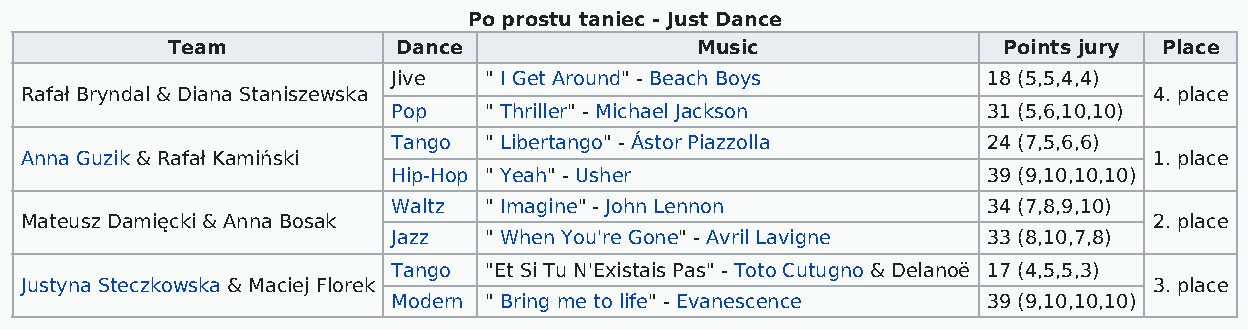
Po prostu taniec - Just Dance
 Team           Dance               Music               Points jury Place
 Jive  " I Get Around" - Beach Boys     18 (5,5,4,4)
 Rafał Bryndal & Diana Staniszewska                                         4. place
 Pop   " Thriller" - Michael Jackson    31 (5,6,10,10)
 Tango " Libertango" - Ástor Piazzolla  24 (7,5,6,6)
 Anna Guzik & Rafał Kamiński                                                1. place
 Hip-Hop " Yeah" - Usher                39 (9,10,10,10)
 Waltz " Imagine" - John Lennon         34 (7,8,9,10)
 Mateusz Damięcki & Anna Bosak                                              2. place
 Jazz  " When You're Gone" - Avril Lavigne 33 (8,10,7,8)
 Tango "Et Si Tu N'Existais Pas" - Toto Cutugno & Delanoë 17 (4,5,5,3)
 Justyna Steczkowska & Maciej Florek                                        3. place
 Modern " Bring me to life" - Evanescence 39 (9,10,10,10)